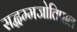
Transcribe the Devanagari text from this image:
सद्धम्मजोतिपाल